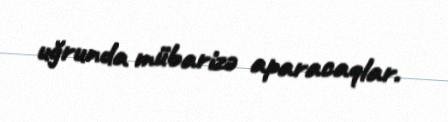
uğrunda mübarizə aparacaqlar.